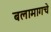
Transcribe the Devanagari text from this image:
बलामागचे